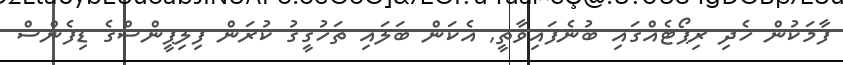
ފާމަކުން ހެދި ރިޕޯޓެއްގައި ބުނެފައިވާތީ